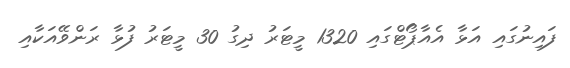
ފައިނުގައި އަޅާ އެއާޕޯޓްގައި 1320 މީޓަރު ދިގު 30 މީޓަރު ފުޅާ ރަންވޭއަކާއި